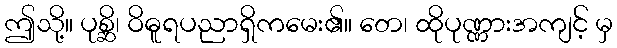
ဤသို့။ ပုစ္ဆိ၊ ဝိဓူရပညာရှိကမေး၏။ တေ၊ ထိုပုဏ္ဏားအကျင့် မှ